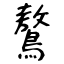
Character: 鷔